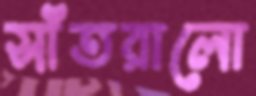
সাঁতরালো